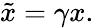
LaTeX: \tilde{x}=\gamma x.